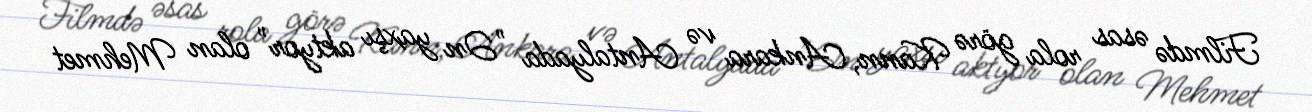
Filmdə əsas rola görə Kann, Ankara və Antalyada "Ən yaxşı aktyor" olan Mehmet